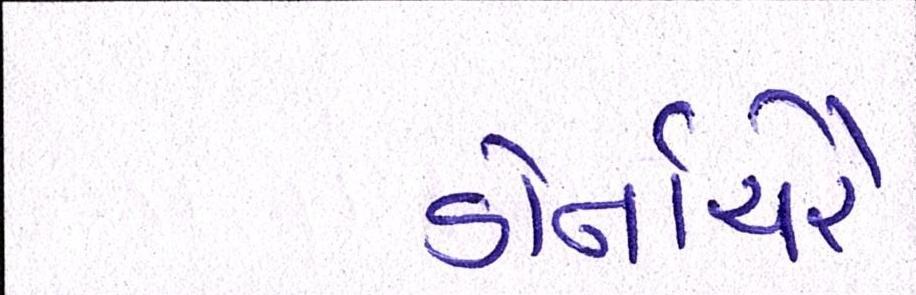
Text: ડોર્નાચેરે